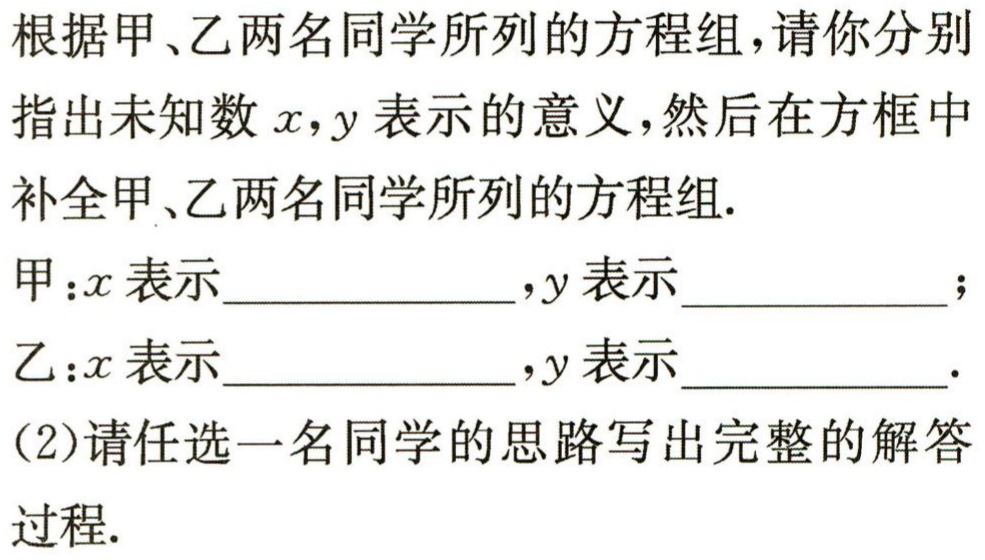
根据甲、乙两名同学所列的方程组，请你分别指出未知数\(x,y\)表示的意义，然后在方框中补全甲、乙两名同学所列的方程组.

甲：\(x\)表示  ，\(y\)表示  ；

乙：\(x\)表示  ，\(y\)表示  .

(2)请任选一名同学的思路写出完整的解答过程.